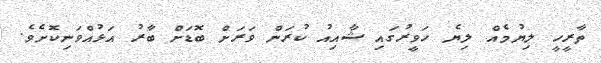
ތާރީހީ ލިޔުމެއް ލިޔެ ހަވީރުގައި ޝާއިއު ކުރަން ވަރަށް ބޮޑަށް ބާރު އަޅުއްވަނިކޮށެވެ.